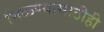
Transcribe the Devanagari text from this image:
मिळण्यासाठीही